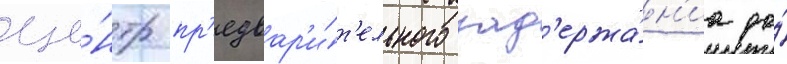
це́нтр пр'едвар'и́т'ельного зад'ержа́н'иа до́